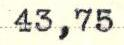
43,75